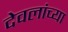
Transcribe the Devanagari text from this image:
देवलांच्या